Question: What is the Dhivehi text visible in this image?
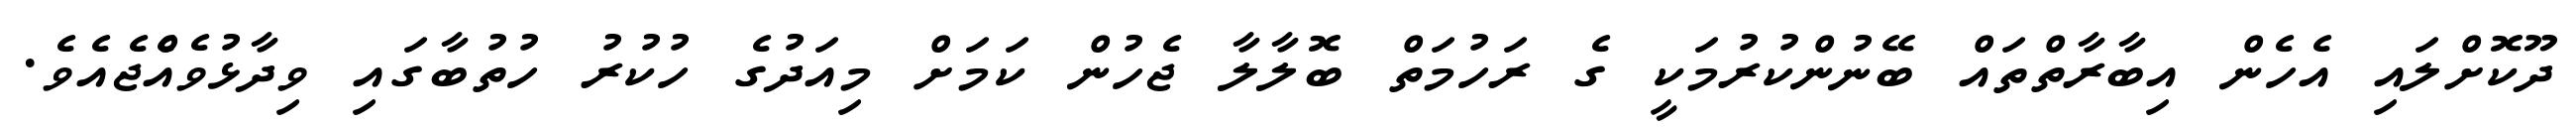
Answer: ދޫކޮށްލައި އެހެން އިބާރާތްތައް ބޭނުންކުރުމަކީ ގެ ރަހުމަތް ބޮލާލާ ޖެހުން ކަމަށް މިއަދުގެ ހުކުރު ހުތުބާގައި ވިދާޅުވެއްެޖެއެވެ.